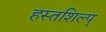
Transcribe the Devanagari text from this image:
हस्तशिल्प्